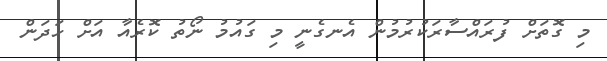
މި ގޮތަށް ފުރައްސާރަކުރުމުން އެނގެނީ މި ގައުމު ނޯތު ކޮރެއާ އަށް ހަދަން